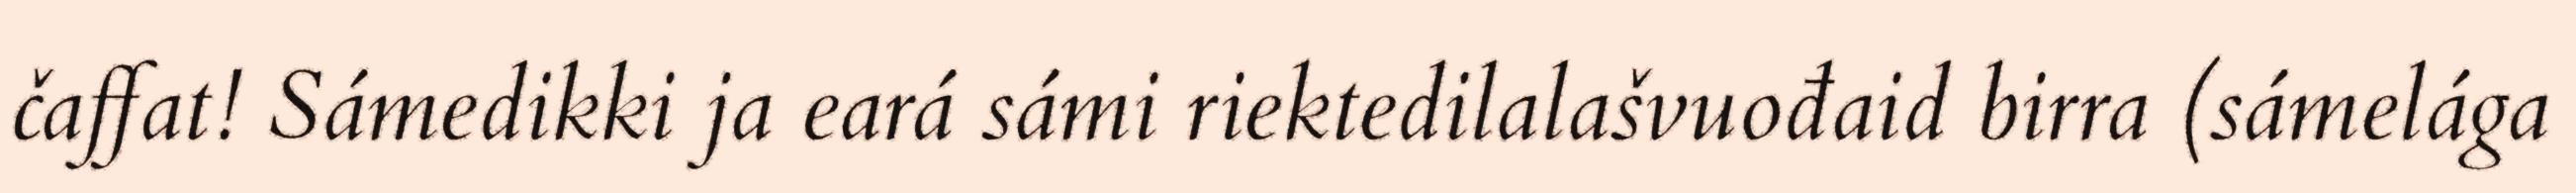
čaffat! Sámedikki ja eará sámi riektedilalašvuođaid birra (sámelága